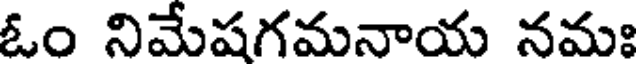
ఓం నిమేషగమనాయ నమః